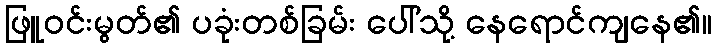
ဖြူဝင်းမွတ်၏ ပခုံးတစ်ခြမ်း ပေါ်သို့ နေရောင်ကျနေ၏။